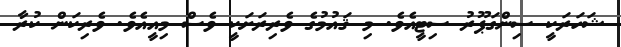
ޝަހަރަކީ ސިންގަޕޫރު ސިޓީއެވެ. މި ޤައުމުގެ ވެރިރަށަކީ ވެސް މިއީއެވެ. ވެރިކަން ކުރާ